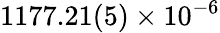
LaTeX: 1177.21(5)\times 10^{-6}